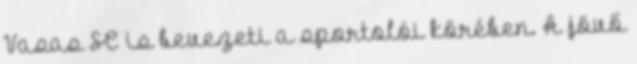
Vasas SC is bevezeti a sportolói köré­ben. A jövő